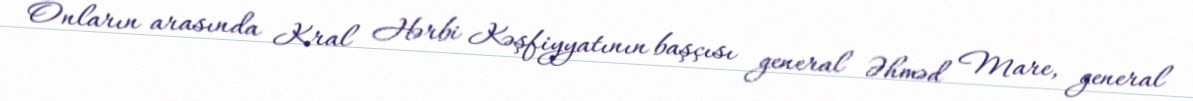
Onların arasında Kral Hərbi Kəşfiyyatının başçısı general Əhməd Mare, general